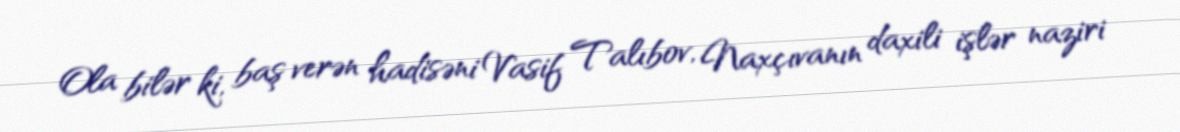
Ola bilər ki, baş verən hadisəni Vasif Talıbov, Naxçıvanın daxili işlər naziri